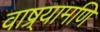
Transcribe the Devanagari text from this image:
वाष्र्यामणि